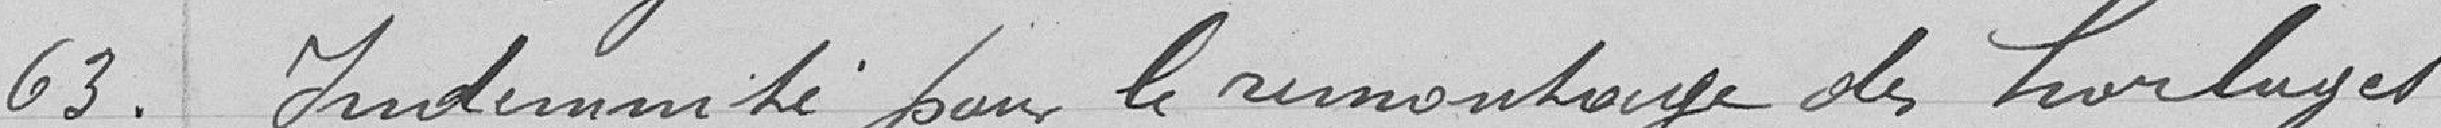
63.